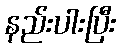
နည်းပါးပြီး